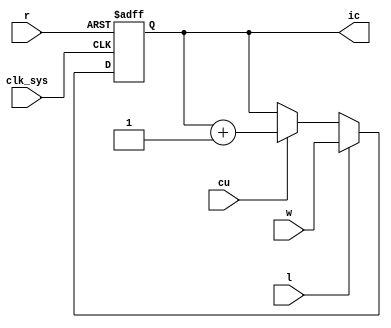
// Instruction counter (IC register)

module ic(
	input clk_sys,
	input cu,
	input l,
	input r,
	input [0:15] w,
	output reg [0:15] ic
);

	always @ (posedge clk_sys, posedge r) begin
		if (r) ic <= 16'd0;
		else if (l) ic <= w;
		else if (cu) ic <= ic + 1'b1;
	end

endmodule

// vim: tabstop=2 shiftwidth=2 autoindent noexpandtab